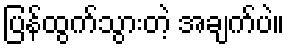
ပြန်ထွက်သွားတဲ့ အချက်ပဲ။